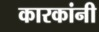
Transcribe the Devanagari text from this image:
कारकांनी